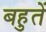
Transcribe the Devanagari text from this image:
बहुतें